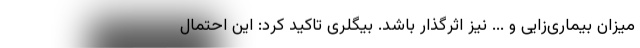
میزان بیماری‌زایی و ... نیز اثرگذار باشد. بیگلری تاکید کرد: این احتمال